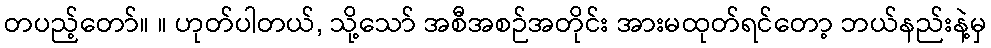
တပည့်တော်။ ။ ဟုတ်ပါတယ်, သို့သော် အစီအစဉ်အတိုင်း အားမထုတ်ရင်တော့ ဘယ်နည်းနဲ့မှ